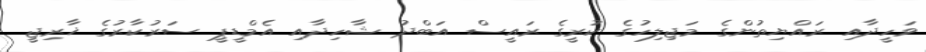
ވަހީދާއި ރައްޔިތުންގެ މަޖިލިހުގެ ކުރީގެ ރައީސް އަބްދު ޝާހިދާއި އެމްޑީޕީ ސަރުކާރުގެ ޚާރިޖީ